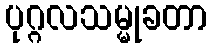
ပုဂ္ဂလသမ္မုခတာ